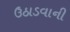
ઉઠાડવાની